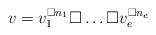
LaTeX: \begin{align*}v = v_1^{\Box n_1} \Box \dots \Box v_{e}^{\Box n_e}\end{align*}